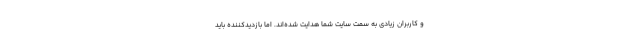
و کاربران زیادی به سمت سایت شما هدایت شده‌اند. اما بازدیدکننده باید